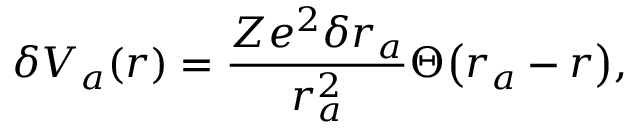
\delta V _ { a } ( r ) = \frac { Z e ^ { 2 } \delta r _ { a } } { r _ { a } ^ { 2 } } \Theta \big ( r _ { a } - r \big ) ,